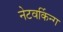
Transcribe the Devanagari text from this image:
नेटवर्किन्ग